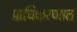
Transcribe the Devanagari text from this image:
प्राधिकरणात